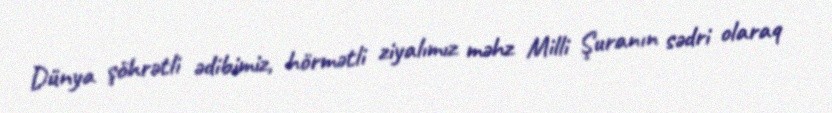
Dünya şöhrətli ədibimiz, hörmətli ziyalımız məhz Milli Şuranın sədri olaraq